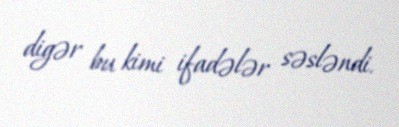
digər bu kimi ifadələr səsləndi.